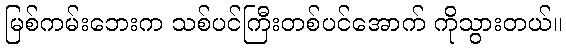
မြစ်ကမ်းဘေးက သစ်ပင်ကြီးတစ်ပင်အောက် ကိုသွားတယ်။